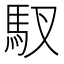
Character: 𫘅